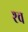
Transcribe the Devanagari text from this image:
श्‍व